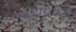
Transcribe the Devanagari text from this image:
झुडापांचा